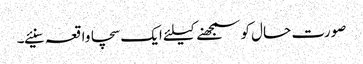
صورت حال کو سمجھنے کیلئے ایک سچا واقعہ سنیئے۔